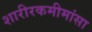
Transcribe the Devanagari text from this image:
शारीरकमीमांसा